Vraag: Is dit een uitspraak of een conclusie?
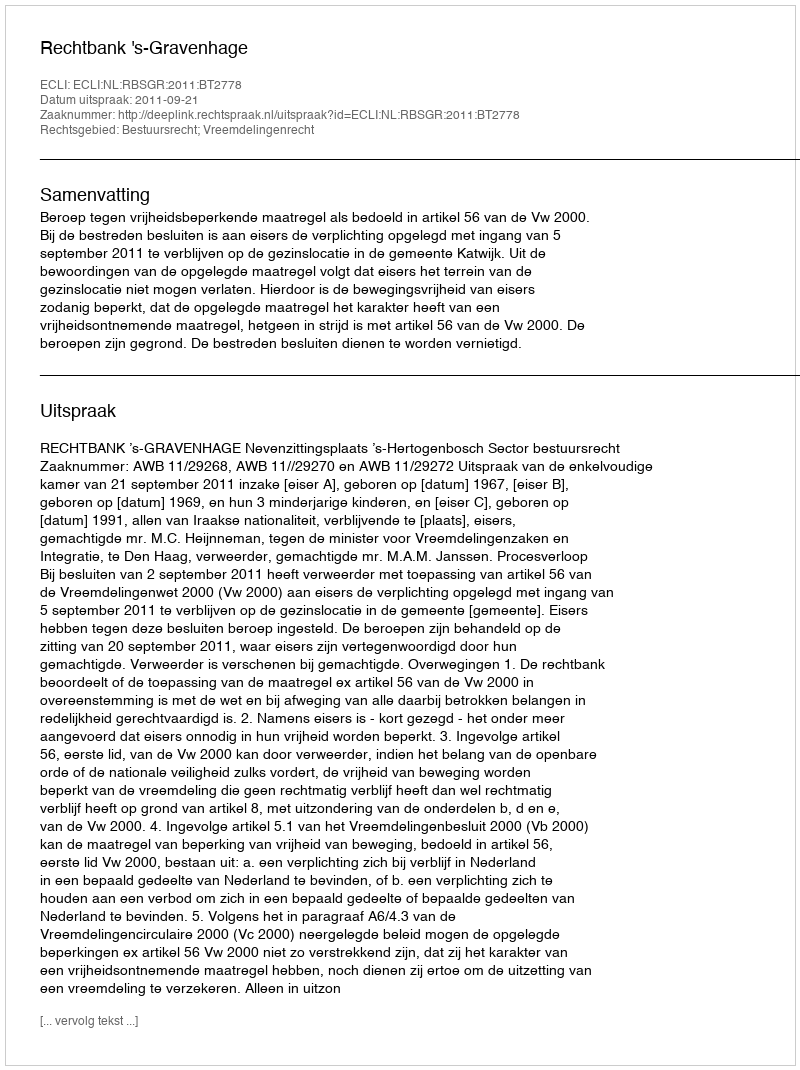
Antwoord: Uitspraak